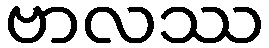
ဗာလဿ